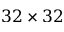
3 2 \times 3 2